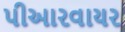
પીઆરવાયર